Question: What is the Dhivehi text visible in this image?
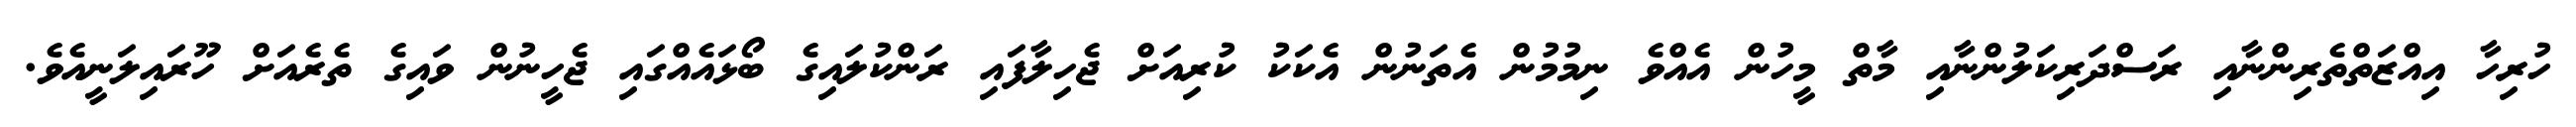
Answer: ހުރިހާ އިއްޒަތްތެރިންނާއި ރަސްދަރިކަލުންނާއި މާތް މީހުން އެއްވެ ނިމުމުން އެތަނުން އެކަކު ކުރިއަށް ޖެހިލާފައި ރަންކުލައިގެ ބޯޅައެއްގައި ޖެހީނުން ވައިގެ ތެރެއަށް ހޫރައިލަނީއެވެ.